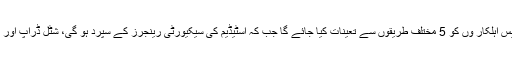
ڈی آئی جی ایسٹ ذوالفقار لاڑک نے کہا کہ 6 ہزار سے زائد پولیس اہلکار وں کو 5 مختلف طریقوں سے تعینات کیا جائے گا جب کہ اسٹیڈیم کی سیکیورٹی رینجرز کے سپرد ہو گی، شٹل ڈراپ اور پارکنگ جب کہ سڑکوں پر پولیس اہلکار تعینات کیے جائیں گے۔